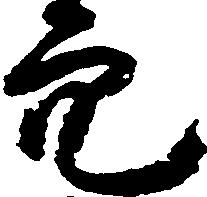
穴